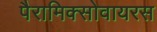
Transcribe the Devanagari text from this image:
पैरामिक्सोवायरस